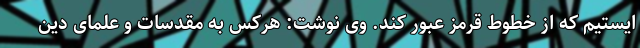
ایستیم که از خطوط قرمز عبور کند. وی نوشت: هرکس به مقدسات و علمای دین